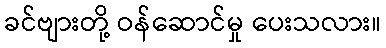
ခင်ဗျားတို့ ဝန်ဆောင်မှု ပေးသလား။